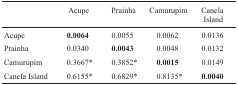
|  | Acupe | Prainha | Camurupim | CanelaIsland |
 | --- | --- | --- | --- | --- |
 | Acupe | 0.0064 | 0.0055 | 0.0062 | 0.0136 |
 | Prainha | 0.0340 | 0.0043 | 0.0048 | 0.0132 |
 | Camurupim | 0.3667* | 0.3852* | 0.0015 | 0.0149 |
 | Canela Island | 0.6155* | 0.6829* | 0.8135* | 0.0040 |